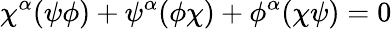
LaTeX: \chi^{\alpha}(\psi\phi)+\psi^{\alpha}(\phi\chi)+\phi^{\alpha}(\chi\psi)=0